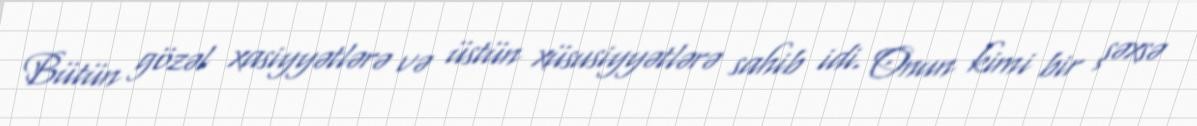
Bütün gözəl xasiyyətlərə və üstün xüsusiyyətlərə sahib idi. Onun kimi bir şəxsə